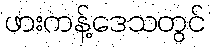
ဖားကန့်ဒေသတွင်